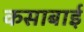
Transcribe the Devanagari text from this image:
कसाबाई